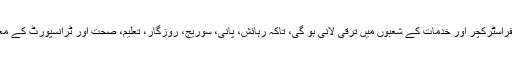
اس لیے شہروں میں انفراسٹرکچر اور خدمات کے شعبوں میں ترقی لانی ہو گی، تاکہ رہائش، پانی، سوریج، روزگار، تعلیم، صحت اور ٹرانسپورٹ کے معا ملا ت درست رہیں ۔